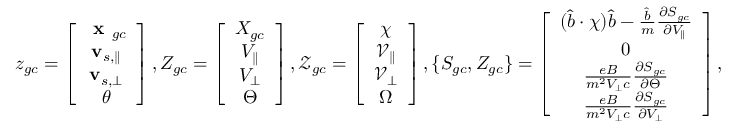
z _ { g c } = \left[ \begin{array} { c } { \textbf { x } _ { g c } } \\ { \mathbf { v } _ { s , \parallel } } \\ { \mathbf { v } _ { s , \perp } } \\ { \theta } \end{array} \right] , Z _ { g c } = \left[ \begin{array} { c } { X _ { g c } } \\ { V _ { \parallel } } \\ { V _ { \perp } } \\ { \Theta } \end{array} \right] , \mathcal { Z } _ { g c } = \left[ \begin{array} { c } { \chi } \\ { \mathcal { V } _ { \parallel } } \\ { \mathcal { V } _ { \perp } } \\ { \Omega } \end{array} \right] , \{ S _ { g c } , Z _ { g c } \} = \left[ \begin{array} { c } { ( \hat { b } \boldsymbol { \cdot } \chi ) \hat { b } - \frac { \hat { b } } { m } \frac { \partial S _ { g c } } { \partial V _ { \parallel } } } \\ { 0 } \\ { \frac { e B } { m ^ { 2 } V _ { \perp } c } \frac { \partial S _ { g c } } { \partial \Theta } } \\ { \frac { e B } { m ^ { 2 } V _ { \perp } c } \frac { \partial S _ { g c } } { \partial V _ { \perp } } } \end{array} \right] ,